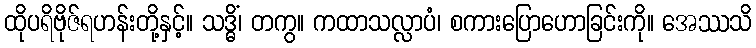
ထိုပရိဗိုဇ်ရဟန်းတို့နှင့်။ သဒ္ဓိံ၊ တကွ။ ကထာသလ္လာပံ၊ စကားပြောဟောခြင်းကို။ အေဿသိ